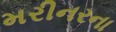
મરીનરના